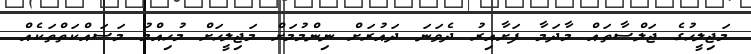
މަޖިލީހުގެ ޖަލްސާތައް މާދަމާ ފަށާއިރު ދެވަނަ ދައުރަށް ނިންމުމަށް މަޖިލީހަށް މުހިއްމު މަސައްކަތްތަކެއް